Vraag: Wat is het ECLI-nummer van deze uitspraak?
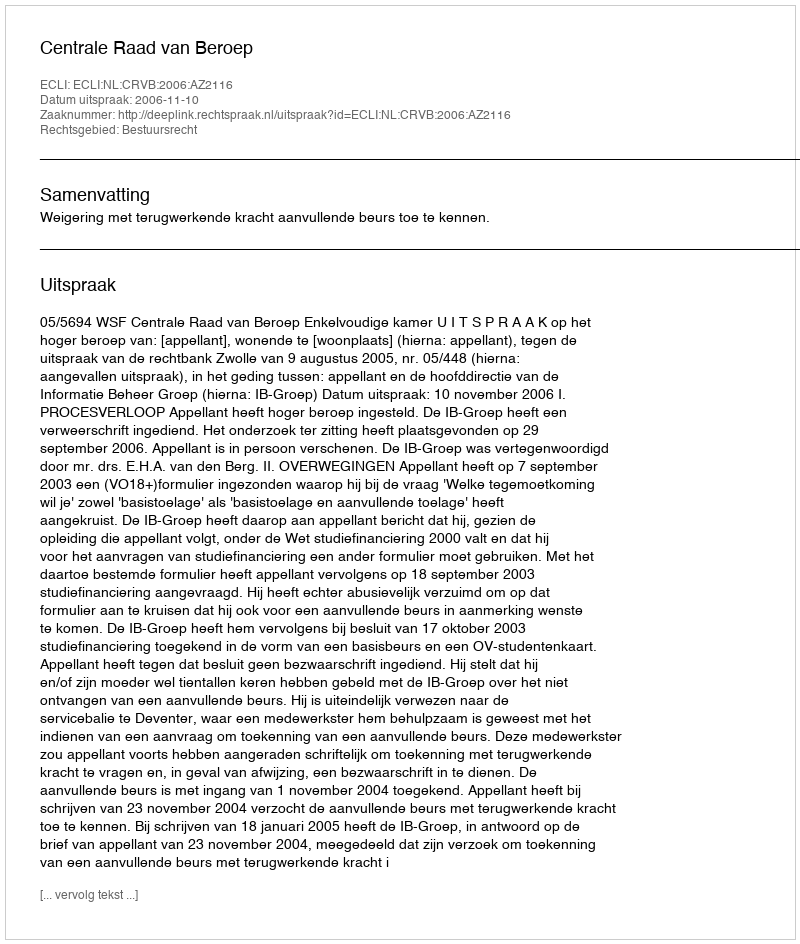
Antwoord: ECLI:NL:CRVB:2006:AZ2116